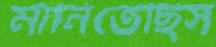
মানিতেছিস